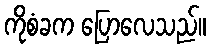
ကိုစံခက ပြောလေသည်။